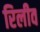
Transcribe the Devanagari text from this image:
रिलीव